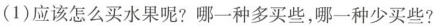
(1)应该怎么买水果呢?哪一种多买些，哪一种少买些?